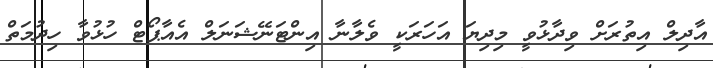
އާދިލް އިތުރަށް ވިދާޅުވީ މިދިޔަ އަހަރަކީ ވެލާނާ އިންޓަނޭޝަނަލް އެއާޕޯޓް ހުޅުވާ ހިދުމަތް